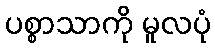
ပစ္စာသာကို မူလပုံ